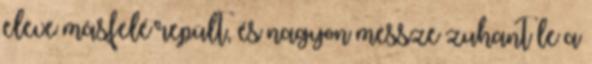
eleve másfelé repült, és nagyon messze zuhant le a